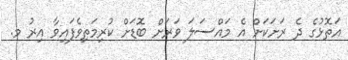
އަތޮޅުގެ ދެ ރަށަކަށް އެ މައްސަލަ ވަރަށް ބޮޑަށް ކުރިމަތިވެފައިވާ އިރު މ.